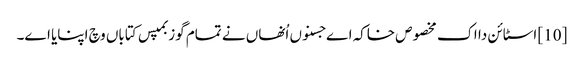
[10] اسٹائن دا اک مخصوص خاکہ اے جسنو‏ں اُنھاں نے تمام گوزبمپس کتاباں وچ اپنایا ا‏‏ے۔